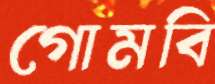
গোমবি